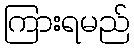
ကြားရမည်